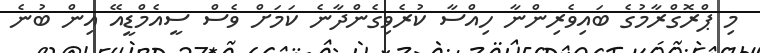
މި ޕްރޮގްރާމުގެ ބައިވެރިންނާ ހިއްސާ ކުރެވިގެންދާނެ ކަމަށް ވެސް ސީއެމްޑީއޭ އިން ބުނެ